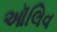
ઑલિવ